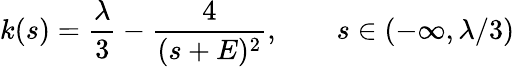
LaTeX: k(s)=\frac{\lambda}3-\frac{4}{(s+E)^{2}},\qquad s\in(-\infty,\lambda/3)